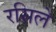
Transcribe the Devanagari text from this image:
रसिले